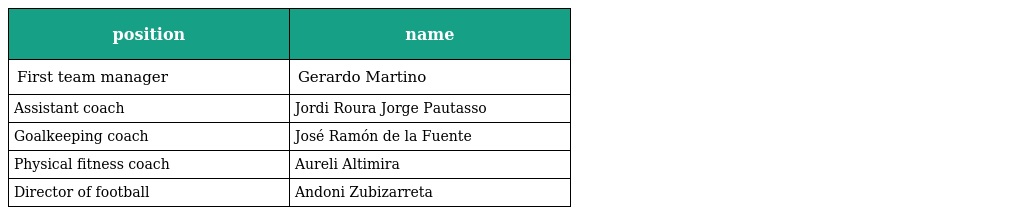
| position | name |
 | --- | --- |
 | First team manager | Gerardo Martino |
 | Assistant coach | Jordi Roura Jorge Pautasso |
 | Goalkeeping coach | José Ramón de la Fuente |
 | Physical fitness coach | Aureli Altimira |
 | Director of football | Andoni Zubizarreta |